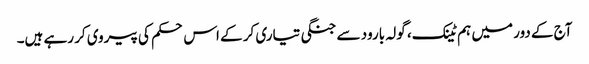
آج کے دور میں ہم ٹینک، گولہ بارود سے جنگی تیاری کر کے اس حکم کی پیروی کر رہے ہیں۔